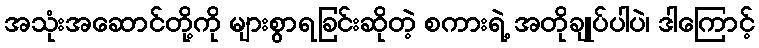
အသုံးအဆောင်တို့ကို များစွာရခြင်းဆိုတဲ့ စကားရဲ့ အတိုချုပ်ပါပဲ၊ ဒါကြောင့်